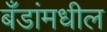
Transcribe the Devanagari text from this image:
बँडांमधील